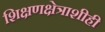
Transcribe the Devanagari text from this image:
शिक्षणक्षेत्राशीही